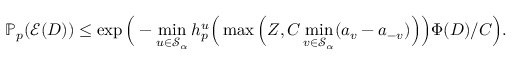
{ \ensuremath { \mathbb P } } _ { p } ( \ensuremath { \mathcal E } ( D ) ) \le \exp \Big ( - \operatorname* { m i n } _ { u \in \ensuremath { \mathcal S } _ { \alpha } } h _ { p } ^ { u } \Big ( \operatorname* { m a x } \Big ( Z , C \operatorname* { m i n } _ { v \in \ensuremath { \mathcal S } _ { \alpha } } ( a _ { v } - a _ { - v } ) \Big ) \Big ) \Phi ( D ) / C \Big ) .